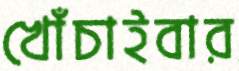
খোঁচাইবার